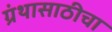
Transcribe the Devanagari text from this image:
ग्रंथासाठीचा